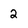
Character: 2